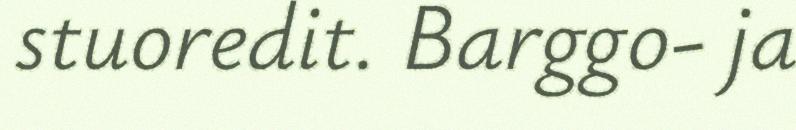
stuoredit. Barggo- ja